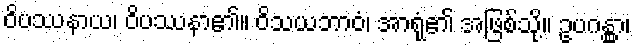
ဝိပဿနာယ၊ ဝိပဿနာ၏။ ဝိသယဘာဝံ၊ အာရုံ၏ အဖြစ်သို့။ ဥပဂန္တွာ၊